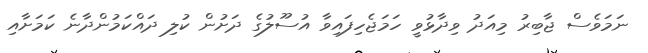
ނަމަވެސް ޖާބިރު މިއަދު ވިދާޅުވީ ހަމަޖެހިފައިވާ އުސޫލުގެ ދަށުން ކުލި ދައްކަމުންދާނެ ކަމަށާއި